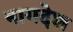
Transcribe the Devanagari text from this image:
नागदेश